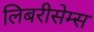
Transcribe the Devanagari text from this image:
लिबरीसेम्स